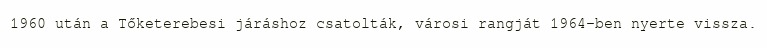
1960 után a Tőketerebesi járáshoz csatolták, városi rangját 1964-ben nyerte vissza.